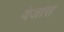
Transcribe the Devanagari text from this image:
वेजांस